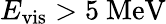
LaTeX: {E_{\mathrm{vis}}>5~\mathrm{MeV}}